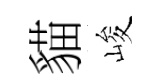
貓峻